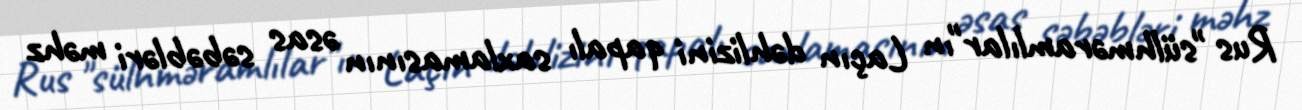
Rus "sülhməramlılar"ın Laçın dəhlizini qapalı saxlamasının əsas səbəbləri məhz